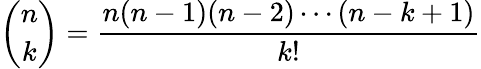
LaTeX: {\binom{n}{k}}={\frac{n(n-1)(n-2)\cdots(n-k+1)}{k!}}